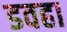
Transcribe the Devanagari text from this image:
डवहा